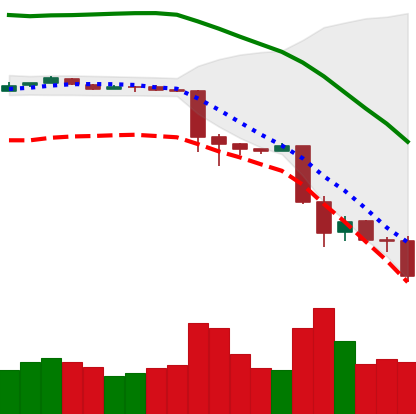
Ticker: BTC-USD
Chart end date: 2018-11-24
Forward return: 10.258%
Label: up_7plus